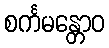
စင်္ကမန္တောဝ